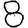
Digit: 8